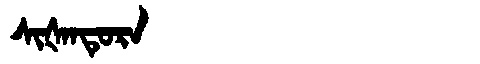
Manchu: ᠰᡳᡧᠠᠨᡨᡠᡵᠠ
Romanization: SIŠANTURA